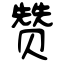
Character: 赞